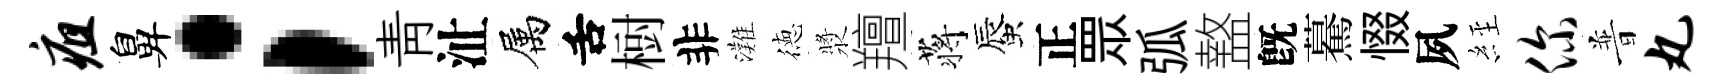
疽鼻；靑沚属舌𣗳非灘徳漿羶蒋蜃正眾弧盩旣驀惙夙𦀇你普丸